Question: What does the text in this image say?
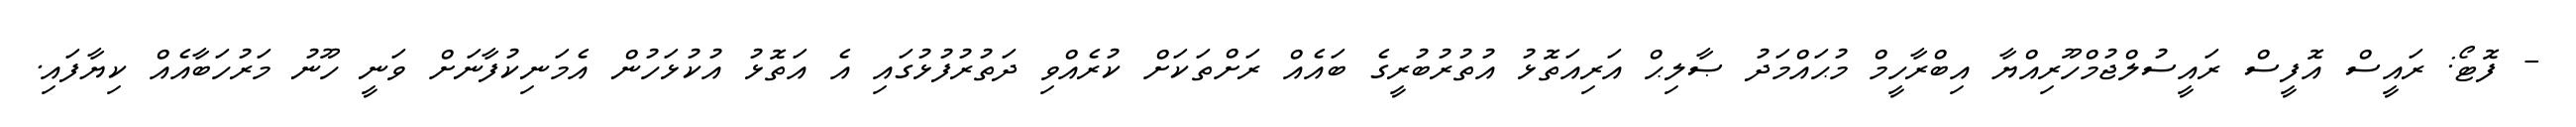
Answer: - ފޮޓޯ: ރައީސް އޮފީސް ރައީސުލްޖުމްހޫރިއްޔާ އިބްރާހީމް މުޙައްމަދު ޞާލިޙް އަރިއަތޮޅު އުތުރުބުރީގެ ބައެއް ރަށްތަކަށް ކުރެއްވި ދަތުރުފުޅުގައި އެ އަތޮޅު އުކުޅަހުން އެމަނިކުފާނަށް ވަނީ ހޫނު މަރުހަބާއެއް ކިޔާފައި.